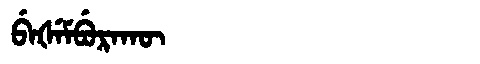
Manchu: ᠪᡝᡧᡝᠮᠪᡠᡵᠠᡴᡡ
Romanization: BEŠEMBURAKŪ